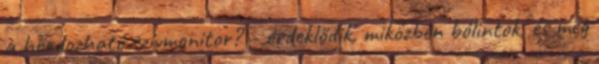
a hordozható szívmonitor? – érdeklődik, miközben bólintok, és meg